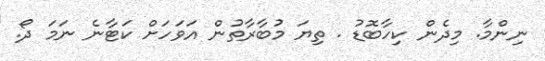
ނިންމާ. މިދެން ކިހާބޮޑު . ތިޔަ މުބާރާތުން އަވަހަށް ކަޓާނެ ނަމަ ދޯ.